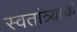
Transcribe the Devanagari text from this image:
स्वतांत्र्याची